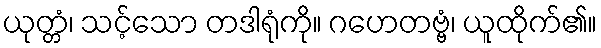
ယုတ္တံ၊ သင့်သော တဒါရုံကို။ ဂဟေတဗ္ဗံ၊ ယူထိုက်၏။